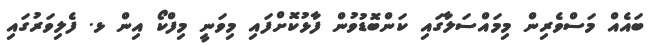
ބައެއް މަސްވެރިން މިމައްސަލާގައި ކަންބޮޑުވުން ފާޅުކޮށްފައި މިވަނީ މިފްކޯ އިން ޅ. ފެލިވަރުގައި